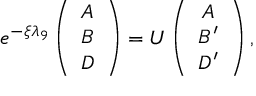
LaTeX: e ^ { - \xi \lambda _ { 9 } } \left( \begin{array} { c } { { A } } \\ { { B } } \\ { { D } } \end{array} \right) = U \left( \begin{array} { c } { { A } } \\ { { B ^ { \prime } } } \\ { { D ^ { \prime } } } \end{array} \right) ,